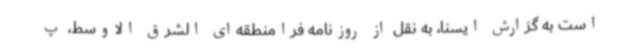
است به گزارش ایسنا، به نقل از روزنامه فرامنطقه‌ای الشرق الاوسط، پ